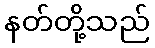
နတ်တို့သည်